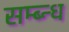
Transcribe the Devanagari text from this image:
सम्ब्न्ध